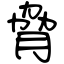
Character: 脅